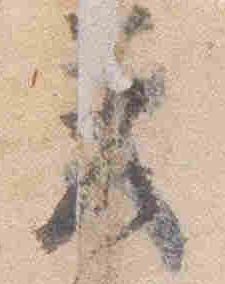
差